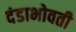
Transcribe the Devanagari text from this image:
दंडाभोवती